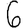
Digit: 6